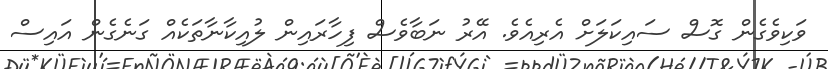
ވަކިވެގެން ގޮސް ސައިކަލަށް އެރިއެވެ. އޭރު ނަބާވެސް ފިހާރައިން ލުއިކާނާތަކެއް ގަނެގެން އައިސް